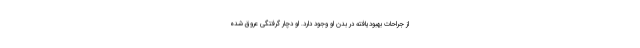
از جراحات بهبودیافته در بدن او وجود دارد. او دچار گرفتگی عروق شده